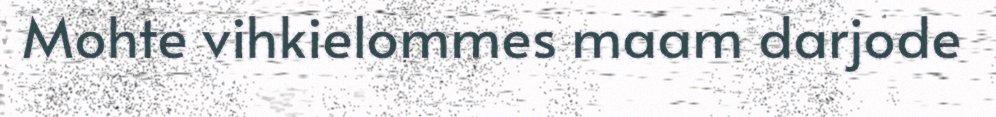
Mohte vihkielommes maam darjode